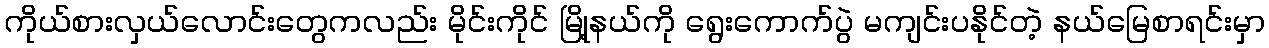
ကိုယ်စားလှယ်လောင်းတွေကလည်း မိုင်းကိုင် မြို့နယ်ကို ရွေးကောက်ပွဲ မကျင်းပနိုင်တဲ့ နယ်မြေစာရင်းမှာ